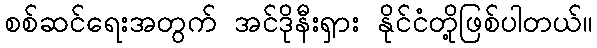
စစ်ဆင်ရေးအတွက် အင်ဒိုနီးရှား နိုင်ငံတို့ဖြစ်ပါတယ်။